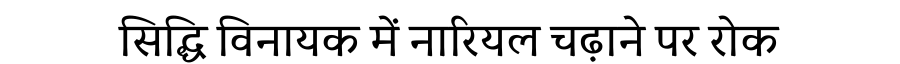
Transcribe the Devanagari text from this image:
सिद्धि विनायक में नारियल चढ़ाने पर रोक